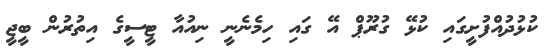
ކުޅުދުއްފުށީގައި ކުޅޭ ގުރޫޕް އޭ ގައި ހިމެނެނީ ނިއުއާ ޓީސީގެ އިތުރުން ބީޖީ